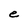
Character: e